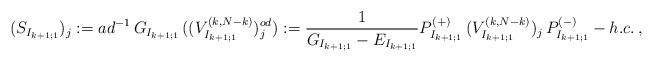
LaTeX: \begin{align*}(S_{I_{k+1;1}})_j:=ad^{-1}\,G_{I_{k+1;1}}\,((V^{(k, N-k)}_{I_{k+1;1}})^{od}_j):=\frac{1}{G_{I_{k+1;1}}-E_{I_{k+1;1}}}P^{(+)}_{I_{k+1;1}}\,(V^{(k, N-k)}_{I_{k+1;1}})_j\,P^{(-)}_{I_{k+1;1}}-h.c.\,,\end{align*}